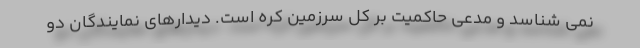
نمی شناسد و مدعی حاکمیت بر کل سرزمین کره است. دیدارهای نمایندگان دو